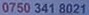
0750 341 8021